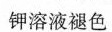
钾溶液褪色